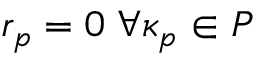
r _ { p } = 0 \; \forall \kappa _ { p } \in P